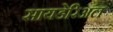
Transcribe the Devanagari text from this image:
सायडेरिअल